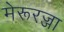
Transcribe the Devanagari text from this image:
मेरूरज्जा